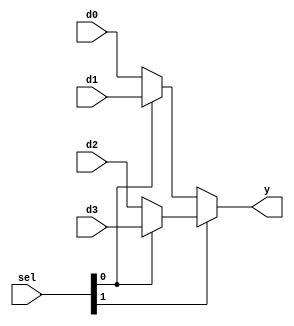
/* 
 * Team Id: eYRC#AB#3265
 * Author List: Md Faizan, Sudhanshu Ranjan, Sumit Saroj
 * Filename: mux4  
 * Theme: Astro Tinker Bot 
 * Functions:  mux4 
 * Global Variables: None
 */

// mux4.v - logic for 4-to-1 multiplexer

module mux4 #(parameter WIDTH = 8) (
    input       [WIDTH-1:0] d0, d1, d2, d3,
    input       [1:0] sel,
    output      [WIDTH-1:0] y
);

assign y = sel[1] ? (sel[0] ? d3 : d2) : (sel[0] ? d1 : d0);

endmodule